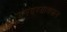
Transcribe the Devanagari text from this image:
बनवण्यावरून